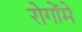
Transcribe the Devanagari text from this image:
रोगोंमें